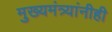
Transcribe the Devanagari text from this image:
मुख्यमंत्र्यांनीही